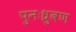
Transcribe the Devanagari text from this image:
पुनःध्रुवण